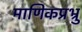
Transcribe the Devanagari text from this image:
माणिकप्रभ्रु